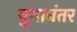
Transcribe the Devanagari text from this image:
युगानंतर